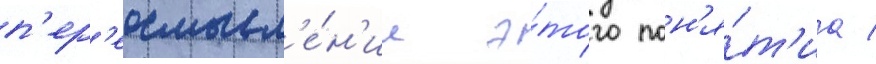
п'ер'еосмысл'е́н'ии э́того пон'я́т'иа /